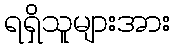
ရရှိသူများအား